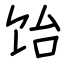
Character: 饴